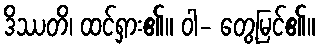
ဒိဿတိ၊ ထင်ရှား၏။ ဝါ- တွေ့မြင်၏။